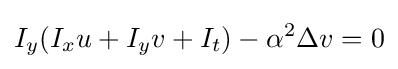
I_{y}(I_{x}u+I_{y}v+I_{t})-\alpha ^{2}\Delta v=0